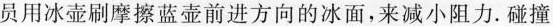
员用冰壶刷摩擦蓝壶前进方向的冰面，来减小阻力。碰撞